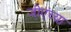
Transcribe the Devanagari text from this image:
जीएंच्या